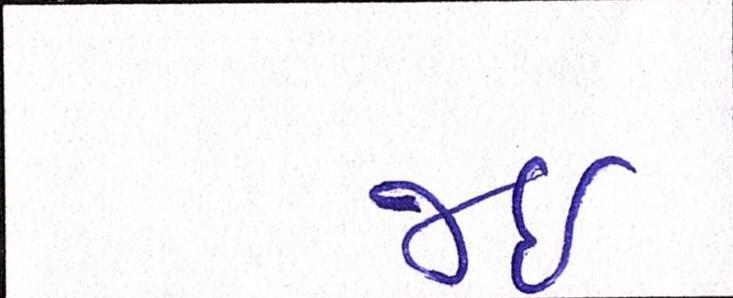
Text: જઈ